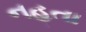
નહતા